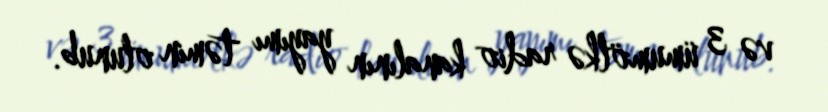
və 3 ümumölkə radio kanalının yayımı təmin olunub.